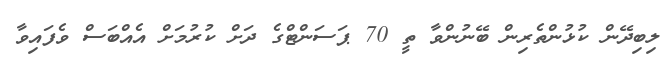
ލިބިދޭން ކުޅުންތެރިން ބޭނުންވާ ތީ 70 ޕަސަންޓްގެ ދަށް ކުރުމަށް އެއްބަސް ވެފައިވާ